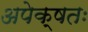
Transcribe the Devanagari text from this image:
अपेक्षतः